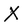
Character: X